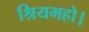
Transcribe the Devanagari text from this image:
श्रियमहो।